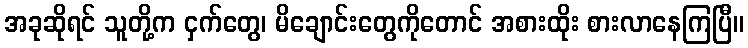
အခုဆိုရင် သူတို့က ငှက်တွေ၊ မိချောင်းတွေကိုတောင် အစားထိုး စားလာနေကြပြီ။